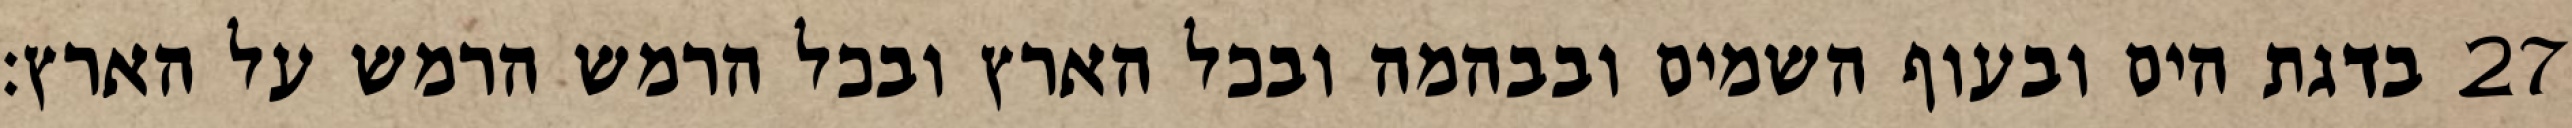
בדגת הים ובעוף השמים ובבהמה ובכל הארץ ובכל הרמש הרמש על הארץ׃ ‎27‏